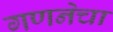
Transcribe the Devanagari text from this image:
गणनेचा